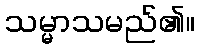
သမ္မာသမည်၏။